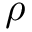
\rho